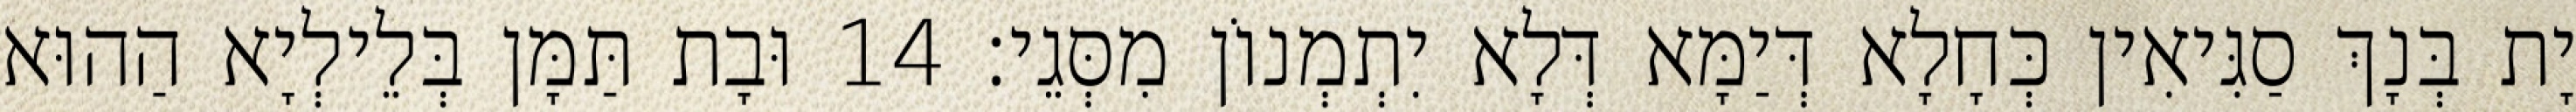
יָת בְּנָךְ סַגִּיאִין כְּחָלָא דְּיַמָּא דְּלָא יִתְמְנוֹן מִסְּגֵי׃ 14 וּבָת תַּמָּן בְּלֵילְיָא הַהוּא